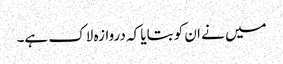
میں نے ان کو بتایا کہ دروازہ لاک ہے۔